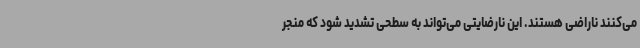
می‌کنند ناراضی هستند. این نارضایتی می‌تواند به سطحی تشدید شود که منجر